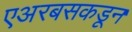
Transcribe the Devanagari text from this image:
एअरबसकडून